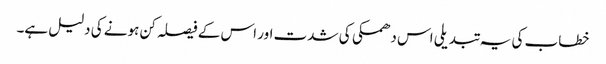
خطاب کی یہ تبدیلی اس دھمکی کی شدت اور اس کے فیصلہ کن ہونے کی دلیل ہے۔